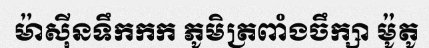
ម៉ាស៊ីនទឹកកក ភូមិត្រពាំងចឹក្សា ម៉ូតូ